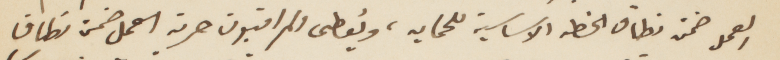
العمل صن نطاق الخطة الأساسية للحماية، ويُعطى المراقبون حرية العمل ضمن نطاق